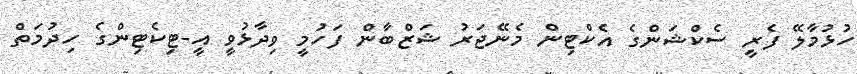
ހުޅުމާލޭ ފެރީ ސެކްޝަންގެ އެކްޓިން މެނޭޖަރު ޝަޒްބާން ފަހުމީ ވިދާޅުވީ އީ-ޓިކެޓިންގެ ހިދުމަތް